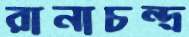
রানাচন্দ্র